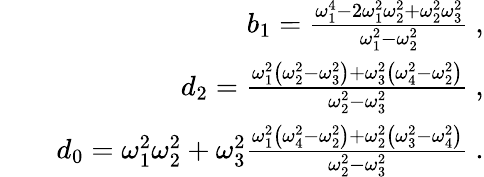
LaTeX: \begin{array}{rlr}&{}&{b_{1}=\frac{\omega_{1}^{4}-2\omega_{1}^{2}\omega_{2}^{2}+\omega_{2}^{2}\omega_{3}^{2}}{\omega_{1}^{2}-\omega_{2}^{2}}\ ,}\\ &{}&{d_{2}=\frac{\omega_{1}^{2}\left(\omega_{2}^{2}-\omega_{3}^{2}\right)+\omega_{3}^{2}\left(\omega_{4}^{2}-\omega_{2}^{2}\right)}{\omega_{2}^{2}-\omega_{3}^{2}}\ ,}\\ &{}&{d_{0}=\omega_{1}^{2}\omega_{2}^{2}+\omega_{3}^{2}\frac{\omega_{1}^{2}\left(\omega_{4}^{2}-\omega_{2}^{2}\right)+\omega_{2}^{2}\left(\omega_{3}^{2}-\omega_{4}^{2}\right)}{\omega_{2}^{2}-\omega_{3}^{2}}\ .}\end{array}